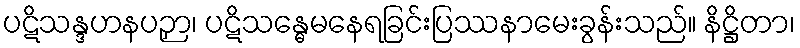
ပဋိသန္ဒဟနပဉှာ၊ ပဋိသန္ဓေမနေရခြင်းပြဿနာမေးခွန်းသည်။ နိဋ္ဌိတာ၊